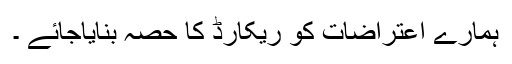
ہمارے اعتراضات کو ریکارڈ کا حصہ بنایاجائے ۔